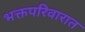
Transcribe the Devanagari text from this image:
भक्तपरिवारात